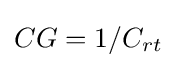
CG=1/C_{rt}